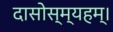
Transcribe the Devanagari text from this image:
दासोस्म्यहम्।